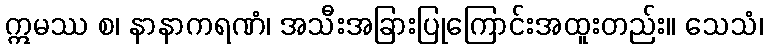
ဣမဿ စ၊ နာနာကရဏံ၊ အသီးအခြားပြုကြောင်းအထူးတည်း။ သေသံ၊